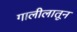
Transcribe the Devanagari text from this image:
गालीलातून